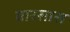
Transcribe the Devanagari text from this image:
वारसास